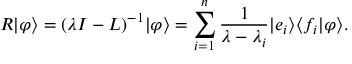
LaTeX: R | \varphi \rangle = ( \lambda I - L ) ^ { - 1 } | \varphi \rangle = \sum _ { i = 1 } ^ { n } { \frac { 1 } { \lambda - \lambda _ { i } } } | e _ { i } \rangle \langle f _ { i } | \varphi \rangle .